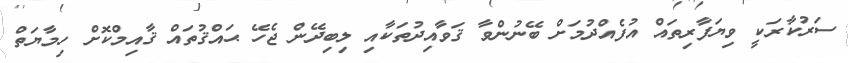
ސަރުކާރަކީ ވިޔަފާރިތައް އުފެއްދުމަށް ބޭނުންވާ ޤަވާއިދުތަކާއި ލިބިދޭން ޖެހޭ ޙައްޤުތައް ޤާއިމްކޮށް ހިމާޔަތް